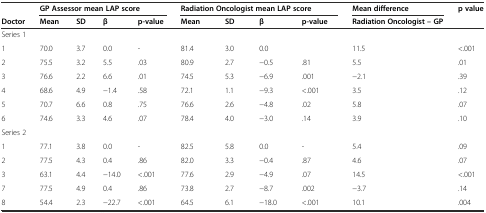
<table><thead><tr><td></td><td colspan="4"><b>GP Assessor mean LAP score</b></td><td colspan="4"><b>Radiation Oncologist mean LAP score</b></td><td><b>Mean difference</b></td><td><b>p value</b></td></tr><tr><td><b>Doctor</b></td><td><b>Mean</b></td><td><b>SD</b></td><td><b>β</b></td><td><b>p-value</b></td><td><b>Mean</b></td><td><b>SD</b></td><td><b>β</b></td><td><b>p-value</b></td><td><b>Radiation Oncologist – GP</b></td><td></td></tr></thead><tbody><tr><td colspan="9">Series 1</td><td></td><td></td></tr><tr><td>1</td><td>70.0</td><td>3.7</td><td>0.0</td><td>-</td><td>81.4</td><td>3.0</td><td>0.0</td><td></td><td>11.5</td><td>.001</td></tr><tr><td>2</td><td>75.5</td><td>3.2</td><td>5.5</td><td>.03</td><td>80.9</td><td>2.7</td><td>−0.5</td><td>.81</td><td>5.5</td><td>.01</td></tr><tr><td>3</td><td>76.6</td><td>2.2</td><td>6.6</td><td>.01</td><td>74.5</td><td>5.3</td><td>−6.9</td><td>.001</td><td>−2.1</td><td>.39</td></tr><tr><td>4</td><td>68.6</td><td>4.9</td><td>−1.4</td><td>.58</td><td>72.1</td><td>1.1</td><td>−9.3</td><td>&lt;.001</td><td>3.5</td><td>.12</td></tr><tr><td>5</td><td>70.7</td><td>6.6</td><td>0.8</td><td>.75</td><td>76.6</td><td>2.6</td><td>−4.8</td><td>.02</td><td>5.8</td><td>.07</td></tr><tr><td>6</td><td>74.6</td><td>3.3</td><td>4.6</td><td>.07</td><td>78.4</td><td>4.0</td><td>−3.0</td><td>.14</td><td>3.9</td><td>.10</td></tr><tr><td colspan="9">Series 2</td><td></td><td></td></tr><tr><td>1</td><td>77.1</td><td>3.8</td><td>0.0</td><td>-</td><td>82.5</td><td>5.8</td><td>0.0</td><td>-</td><td>5.4</td><td>.09</td></tr><tr><td>2</td><td>77.5</td><td>4.3</td><td>0.4</td><td>.86</td><td>82.0</td><td>3.3</td><td>−0.4</td><td>.87</td><td>4.6</td><td>.07</td></tr><tr><td>3</td><td>63.1</td><td>4.4</td><td>−14.0</td><td>&lt;.001</td><td>77.6</td><td>2.9</td><td>−4.9</td><td>.07</td><td>14.5</td><td>&lt;.001</td></tr><tr><td>7</td><td>77.5</td><td>4.9</td><td>0.4</td><td>.86</td><td>73.8</td><td>2.7</td><td>−8.7</td><td>.002</td><td>−3.7</td><td>.14</td></tr><tr><td>8</td><td>54.4</td><td>2.3</td><td>−22.7</td><td>&lt;.001</td><td>64.5</td><td>6.1</td><td>−18.0</td><td>&lt;.001</td><td>10.1</td><td>.004</td></tr></tbody></table>